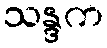
သန္ဒက